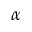
\alpha